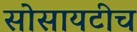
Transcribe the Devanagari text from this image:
सोसायटीच